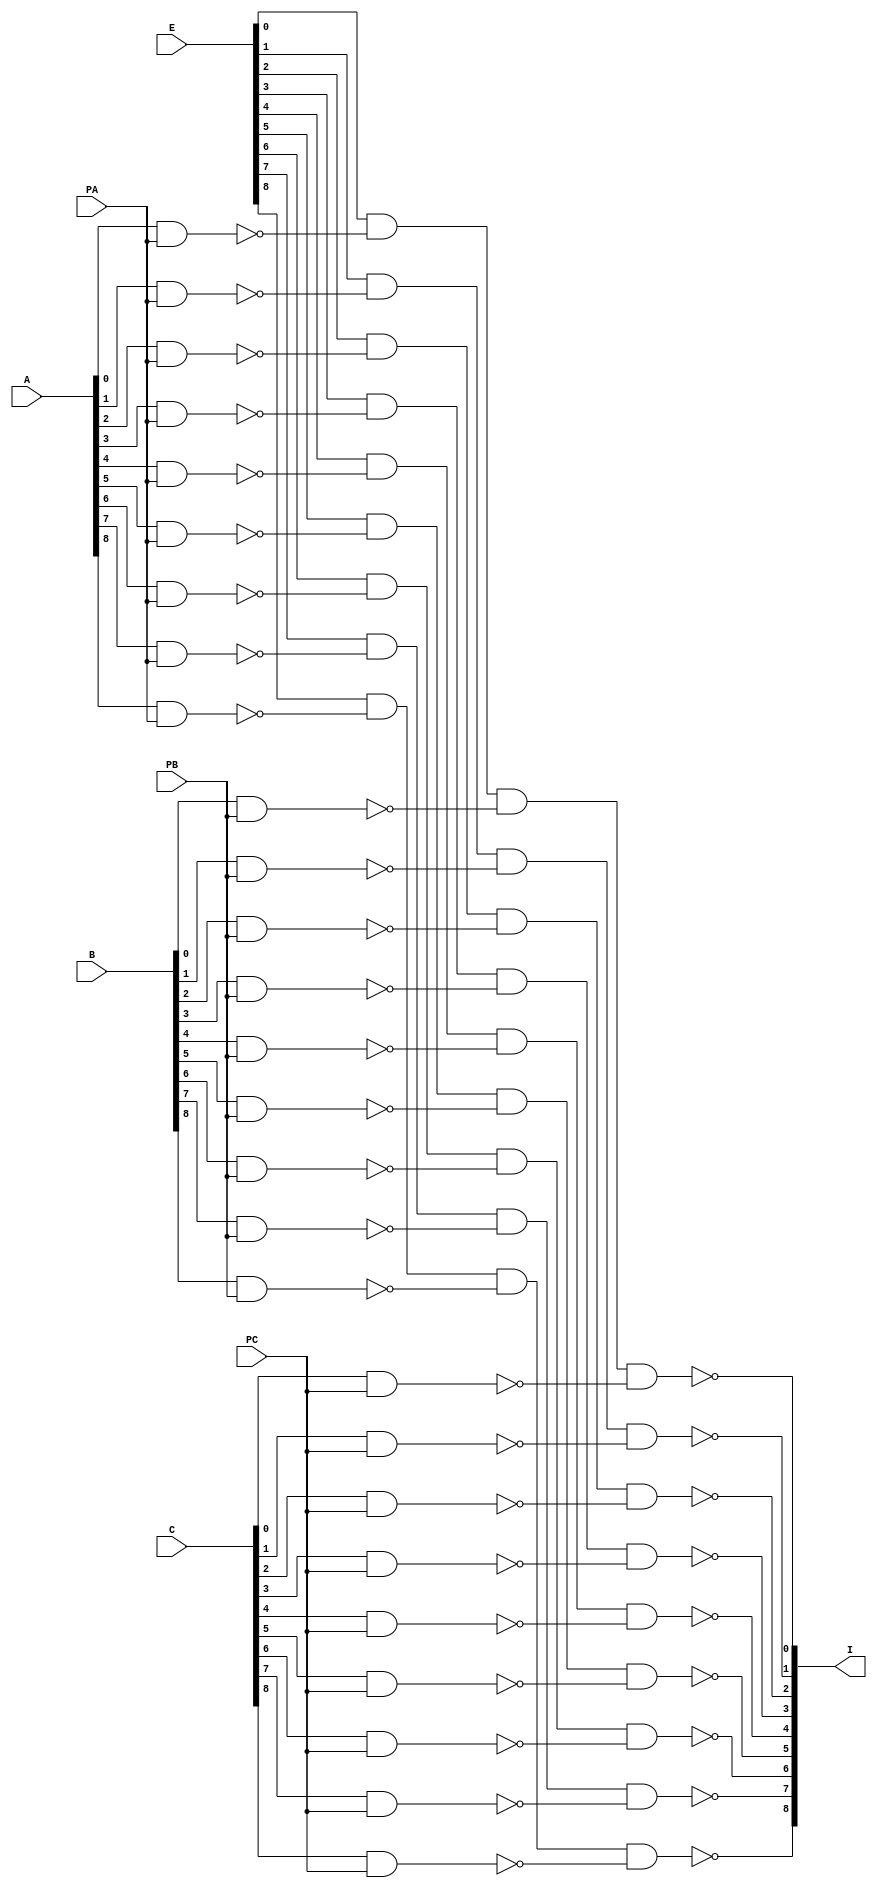

module EncodeChan(E, A, B, C, PA, PB, PC, I);

  input[8:0] E, A, B, C; 
  input PA, PB, PC;
  output[8:0] I;

  wire [8:0] APA, BPB, CPC;

  nand APA0(APA[0], A[0], PA);
  nand APA1(APA[1], A[1], PA);
  nand APA2(APA[2], A[2], PA);
  nand APA3(APA[3], A[3], PA);
  nand APA4(APA[4], A[4], PA);
  nand APA5(APA[5], A[5], PA);
  nand APA6(APA[6], A[6], PA);
  nand APA7(APA[7], A[7], PA);
  nand APA8(APA[8], A[8], PA);

  nand BPB0(BPB[0], B[0], PB);
  nand BPB1(BPB[1], B[1], PB);
  nand BPB2(BPB[2], B[2], PB);
  nand BPB3(BPB[3], B[3], PB);
  nand BPB4(BPB[4], B[4], PB);
  nand BPB5(BPB[5], B[5], PB);
  nand BPB6(BPB[6], B[6], PB);
  nand BPB7(BPB[7], B[7], PB);
  nand BPB8(BPB[8], B[8], PB);
 
  nand CPC0(CPC[0], C[0], PC);
  nand CPC1(CPC[1], C[1], PC);
  nand CPC2(CPC[2], C[2], PC);
  nand CPC3(CPC[3], C[3], PC);
  nand CPC4(CPC[4], C[4], PC);
  nand CPC5(CPC[5], C[5], PC);
  nand CPC6(CPC[6], C[6], PC);
  nand CPC7(CPC[7], C[7], PC);
  nand CPC8(CPC[8], C[8], PC);

  nand I0(I[0], E[0], APA[0], BPB[0], CPC[0]);
  nand I1(I[1], E[1], APA[1], BPB[1], CPC[1]);
  nand I2(I[2], E[2], APA[2], BPB[2], CPC[2]);
  nand I3(I[3], E[3], APA[3], BPB[3], CPC[3]);
  nand I4(I[4], E[4], APA[4], BPB[4], CPC[4]);
  nand I5(I[5], E[5], APA[5], BPB[5], CPC[5]);
  nand I6(I[6], E[6], APA[6], BPB[6], CPC[6]);
  nand I7(I[7], E[7], APA[7], BPB[7], CPC[7]);
  nand I8(I[8], E[8], APA[8], BPB[8], CPC[8]);

endmodule /* EncodeChan */